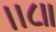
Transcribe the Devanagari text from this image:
।।८॥